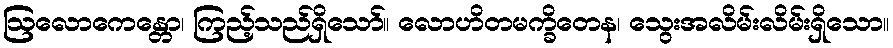
ဩလောကေန္တော၊ ကြည့်သည်ရှိသော်။ လောဟိတမက္ခိတေန၊ သွေးအလိမ်းလိမ်းရှိသော။